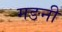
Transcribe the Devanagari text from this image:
मङनी